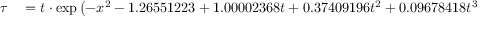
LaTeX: \begin{array} { r l } { \tau } & { { } = t \cdot \exp \left( - x ^ { 2 } - 1 . 2 6 5 5 1 2 2 3 + 1 . 0 0 0 0 2 3 6 8 t + 0 . 3 7 4 0 9 1 9 6 t ^ { 2 } + 0 . 0 9 6 7 8 4 1 8 t ^ { 3 } - 0 . 1 8 6 2 8 8 0 6 t ^ { 4 } \right. } \end{array}